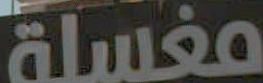
مغسلة